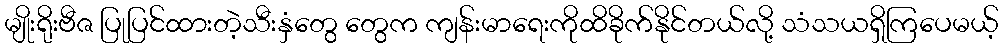
မျိုးရိုးဗီဇ ပြုပြင်ထားတဲ့သီးနှံတွေ တွေက ကျန်းမာရေးကိုထိခိုက်နိုင်တယ်လို့ သံသယရှိကြပေမယ့်